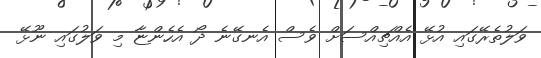
ވަލުތެރޭގައި އުޅޭ އެއްޗިއްސަށް ވެސް އެނގޭނެ ދޯ އެހެންޏާ މި ވަލުގައި ނޫޅޭ